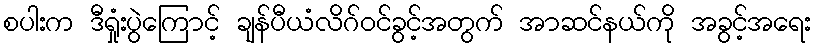
စပါးက ဒီရှုံးပွဲကြောင့် ချန်ပီယံလိဂ်ဝင်ခွင့်အတွက် အာဆင်နယ်ကို အခွင့်အရေး